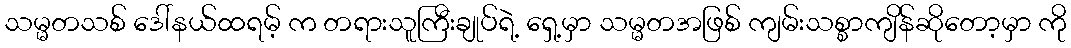
သမ္မတသစ် ဒေါ်နယ်ထရမ့် က တရားသူကြီးချုပ်ရဲ့ ရှေ့မှာ သမ္မတအဖြစ် ကျမ်းသစ္စာကျိန်ဆိုတော့မှာ ကို